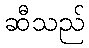
ဆီသည်